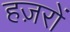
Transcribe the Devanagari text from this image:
हज़रों